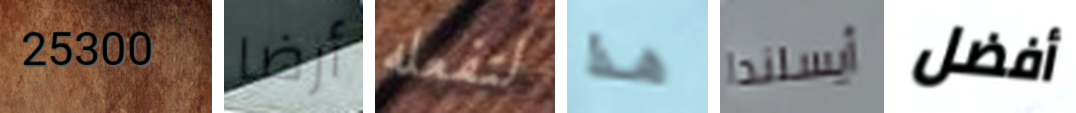
25300 أرضا لتفعله هذا أيسلندا أفضل